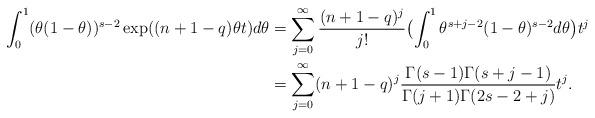
LaTeX: \begin{align*} \int_0^1(\theta (1-\theta))^{s-2}\exp((n+1-q)\theta t) d\theta&= \sum_{j=0}^\infty \frac{(n+1-q)^j}{j!} \bigl(\int_0^1\theta^{s+j-2}(1-\theta)^{s-2}d\theta\bigr) t^j\\&=\sum_{j=0}^\infty (n+1-q)^j \frac{\Gamma(s-1)\Gamma(s+j-1)}{\Gamma(j+1)\Gamma(2s-2+j)}t^j.\end{align*}